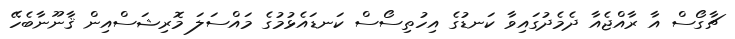
ޗާގޯސް އާ ރާއްޖެއާ ދެމެދުގައިވާ ކަނޑުގެ އިހުތިސޯސް ކަނޑައެޅުމުގެ މައްސަލަ މޮރިޝަސްއިން ޤާނޫނާބެހޭ